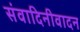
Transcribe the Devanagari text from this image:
संवादिनीवादन